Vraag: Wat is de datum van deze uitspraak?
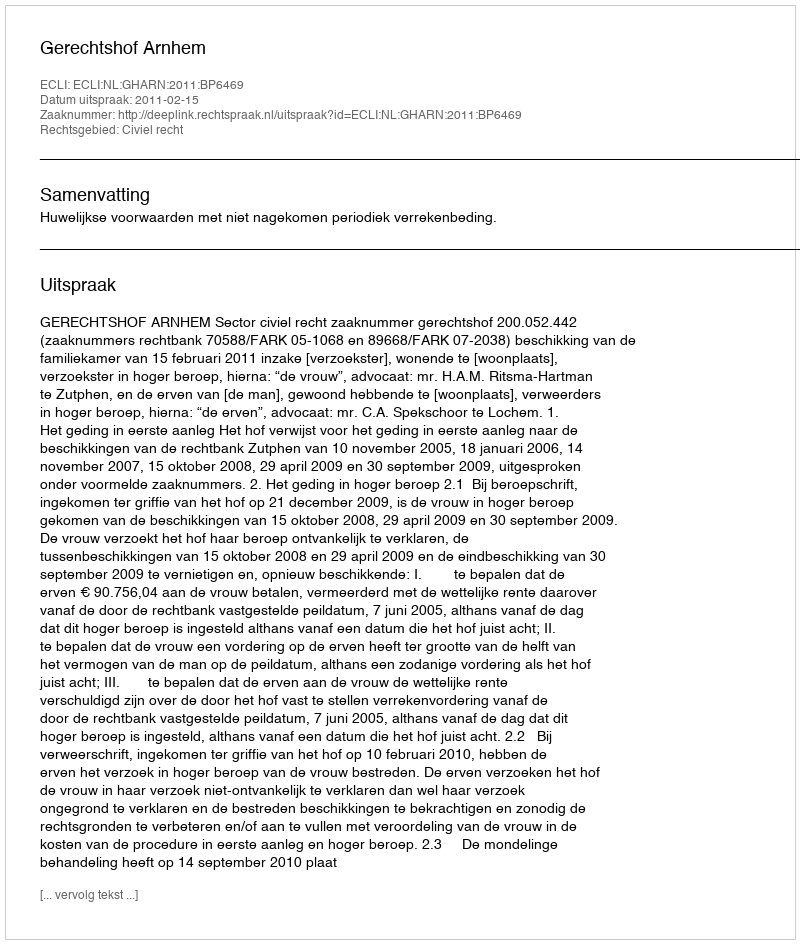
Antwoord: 2011-02-15